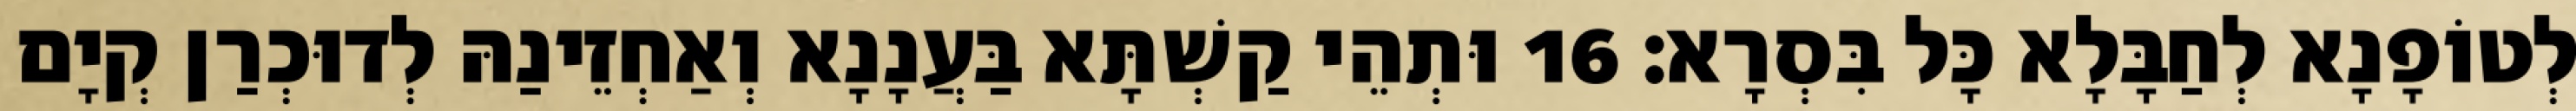
לְטוֹפָנָא לְחַבָּלָא כָּל בִּסְרָא׃ 16 וּתְהֵי קַשְׁתָּא בַּעֲנָנָא וְאַחְזֵינַהּ לְדוּכְרַן קְיָם